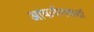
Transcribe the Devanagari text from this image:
आकर्षणकर्ता